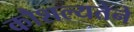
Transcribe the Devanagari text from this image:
कौशल्यतेने